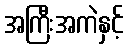
အကြီးအကဲနှင့်